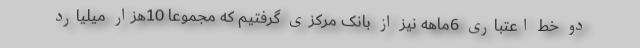
دو خط اعتباری 6ماهه نیز از بانک مرکزی گرفتیم که مجموعاً 10هزار میلیارد